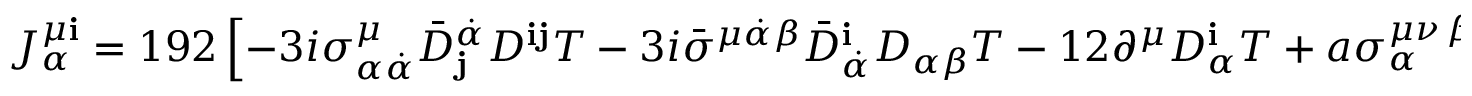
J _ { \alpha } ^ { \mu { \mathbf i } } = 1 9 2 \left[ - 3 i \sigma _ { \alpha \dot { \alpha } } ^ { \mu } { \bar { D } } _ { \mathbf j } ^ { \dot { \alpha } } D ^ { { \mathbf i } { \mathbf j } } T - 3 i { \bar { \sigma } } ^ { \mu \dot { \alpha } \beta } { \bar { D } } _ { \dot { \alpha } } ^ { \mathbf i } D _ { \alpha \beta } T - 1 2 \partial ^ { \mu } D _ { \alpha } ^ { \mathbf i } T + a \sigma _ { \alpha } ^ { \mu \nu \, \beta } \partial _ { \nu } D _ { \beta } ^ { \mathbf i } T \right] | \ .